Theory and practice of anti-rabic immunisation - Number 30
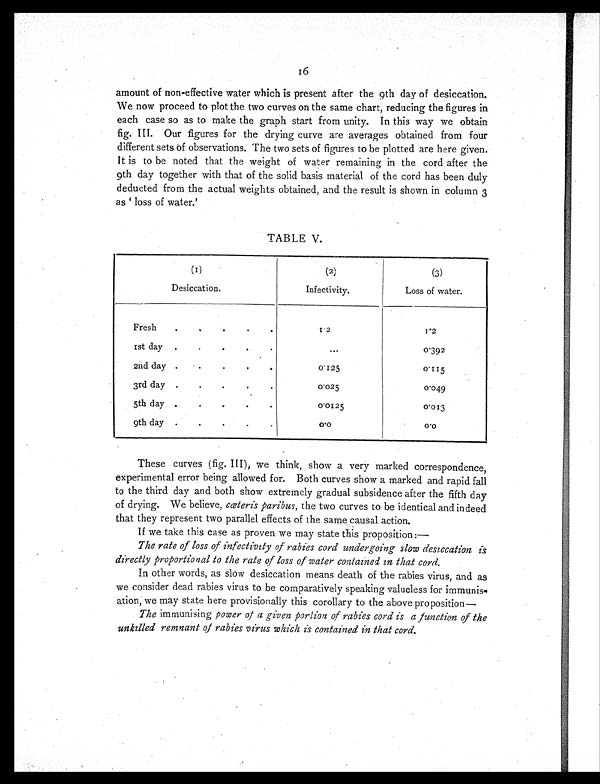
16
amount of non-effective water which is present after the 9th day of desiccation.
We now proceed to plot the two curves on the same chart, reducing the figures in
each case so as to make the graph start from unity. In this way we obtain
fig. III. Our figures for the drying curve are averages obtained from four
different sets of observations. The two sets of figures to be plotted are here given.
It is to be noted that the weight of water remaining in the cord after the
9th day together with that of the solid basis material of the cord has been duly
deducted from the actual weights obtained, and the result is shown in column 3
as ' l os s of wat er . '
TABLE V.
(1)
(2)
(3)
Desiccation.
Infectivity.
Loss of water.
Fresh
.
.
1.2
1 . 2
1st day
.
. . .
0.392
2nd day ...
0.125
0.115
3rd day .
. . . .
0.025
0.049
5th day .
.
0.0125
0.013
9 t h d a y .
0 . 0
0.0
These curves (fig. III), we think, show a very marked correspondence,
experimental error being allowed for. Both curves show a marked and rapid fall
to the third day and both show extremely gradual subsidence after the fifth day
of drying. We believe, cæteris paribus, the two curves to be identical and indeed
that they represent two parallel effects of the same causal action.
If we take this case as proven we may state this proposition:—
The rate of loss of infectivity of rabies cord undergoing slow desiccation is
directly proportional to the rate of loss of water contained in that cord.
In other words, as slow desiccation means death of the rabies virus, and as
we consider dead rabies virus to be comparatively speaking valueless for immunis
- a t i o n , w e m a y s t a t e h e r e p r o v i s i o n a l l y t h i s c o r o l l a r y t o t h e a b o v e p r o p o s i t i o n
The immunising power of a given portion of rabies cord is a function of the
unkilled remnant of rabies virus which is contained in that cord.